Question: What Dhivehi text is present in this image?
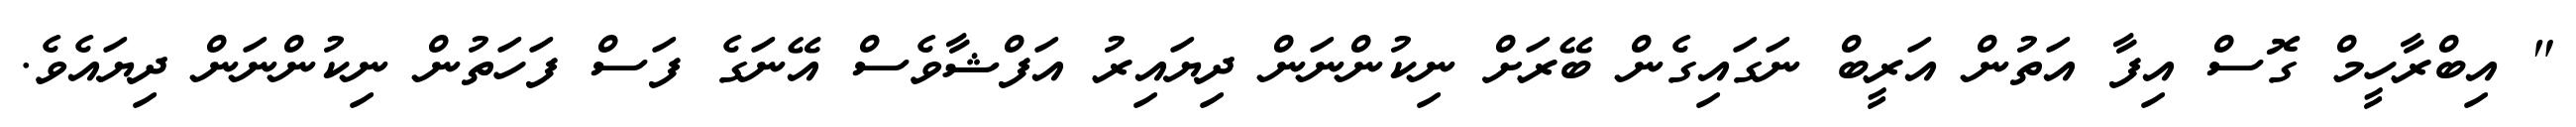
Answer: " އިބްރާހީމް ގޮސް އިފާ އަތުން އަރީބް ނަގައިގެން ބޭރަށް ނިކުންނަން ދިޔައިރު އަފްޝާވެސް އޭނަގެ ފަސް ފަހަތުން ނިކުންނަން ދިޔައެވެ.